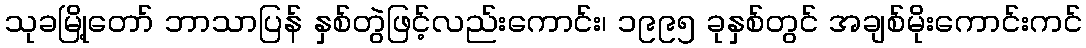
သုခမြို့တော် ဘာသာပြန် နှစ်တွဲဖြင့်လည်းကောင်း၊ ၁၉၉၅ ခုနှစ်တွင် အချစ်မိုးကောင်းကင်